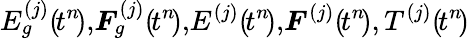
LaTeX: E_{g}^{(j)}(\! t^{n}\! ),\! \boldsymbol{F}_{g}^{(j)}(\! t^{n}\! ),\! E^{(j)}(\! t^{n}\! ),\! \boldsymbol{F}^{(j)}(\! t^{n}\! ),T^{(j)}(\! t^{n}\! )